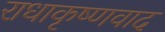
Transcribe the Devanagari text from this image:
राधाकृष्णवाद